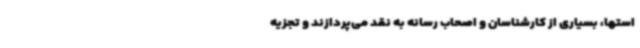
استها، بسیاری از کارشناسان و اصحاب رسانه به نقد می‌پردازند و تجزیه